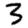
Digit: 3